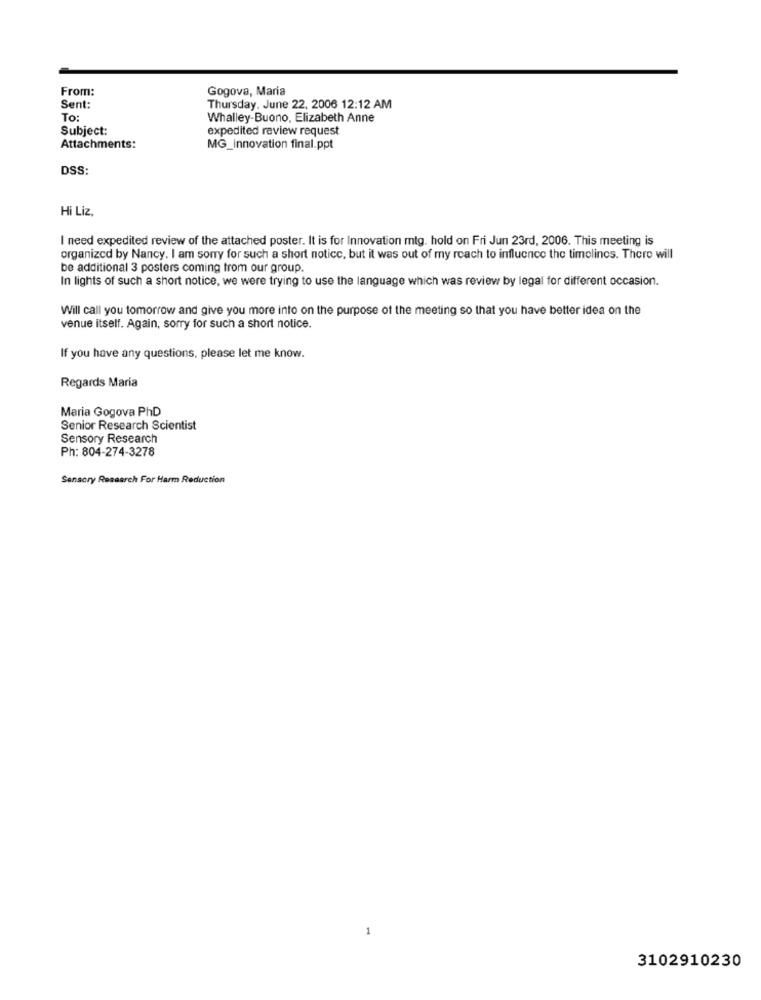
From:
Gogova, Maria
Sent:
Thursday, June 22, 2006 12:12 AM
To:
Whalley-Buono, Elizabeth Anne
Subject:
expedited review request
Attachments:
MG_innovation final.ppt
DSS:
Hi Liz,
I need expedited review of the attached poster. It is for Innovation mtg. hold on Fri Jun 23rd, 2006. This meeting is
organized by Nancy. I am sorry for such a short notice, but it was out of my reach to influence the timelines. There will
be additional 3 posters coming from our group.
In lights of such a short notice, we were trying to use the language which was review by legal for different occasion.
Will call you tomorrow and give you more into on the purpose of the meeting so that you have better idea on the
venue itself. Again, sorry for such a short notice.
If you have any questions, please let me know.
Regards Maria
Maria Gogova PhD
Senior Research Scientist
Sensory Research
Ph: 804-274-3278
Sensory Research For Harm Reduction
3102910230